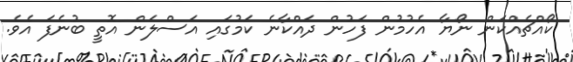
ކޯއްޗެއްކަން ނޯޔާ އެހުމުން ފަހުން ދައްކާނެ ކަމުގައި އަސްލަން އޮތީ ބުނެފަ އެވެ.